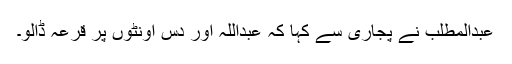
عبدالمطلب نے پجاری سے کہا کہ عبداللہ اور دس اونٹوں پر قرعہ ڈالو۔